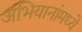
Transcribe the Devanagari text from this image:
अभियानांमध्ये